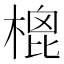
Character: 㮰